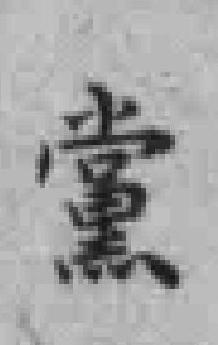
黨